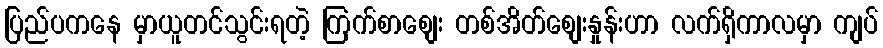
ပြည်ပကနေ မှာယူတင်သွင်းရတဲ့ ကြက်စာစျေး တစ်အိတ်စျေးနှုန်းဟာ လက်ရှိကာလမှာ ကျပ်